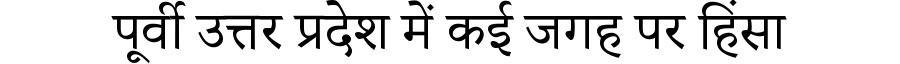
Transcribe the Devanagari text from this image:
पूर्वी उत्तर प्रदेश में कई जगह पर हिंसा